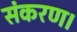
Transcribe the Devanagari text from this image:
संकरण।